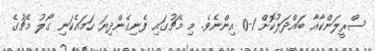
ސްރީލަންކާއާ ބައްދަލުކޮށް 1-0 އިންނެވެ. މި މެޗުގައި ފެނިގެންދިޔަ ހަމައެކަނި ގޯލު މެޗުގެ